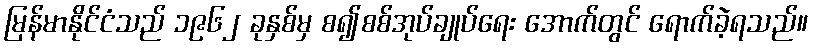
မြန်မာနိုင်ငံသည် ၁၉၆၂ ခုနှစ်မှ စ၍စစ်အုပ်ချုပ်ရေး အောက်တွင် ရောက်ခဲ့ရသည်။